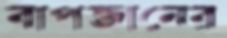
বাপজানের